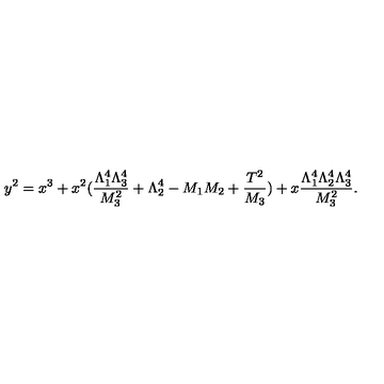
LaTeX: y ^ { 2 } = x ^ { 3 } + x ^ { 2 } ( \frac { \Lambda _ { 1 } ^ { 4 } \Lambda _ { 3 } ^ { 4 } } { M _ { 3 } ^ { 2 } } + \Lambda _ { 2 } ^ { 4 } - M _ { 1 } M _ { 2 } + \frac { T ^ { 2 } } { M _ { 3 } } ) + x \frac { \Lambda _ { 1 } ^ { 4 } \Lambda _ { 2 } ^ { 4 } \Lambda _ { 3 } ^ { 4 } } { M _ { 3 } ^ { 2 } } . \nonumber